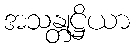
အသန္တုဋ္ဌိယာ